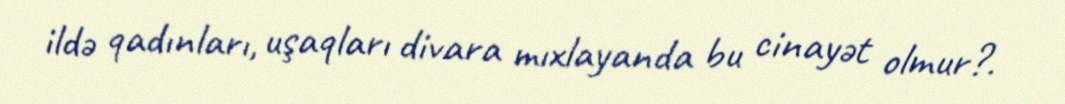
ildə qadınları, uşaqları divara mıxlayanda bu cinayət olmur?.